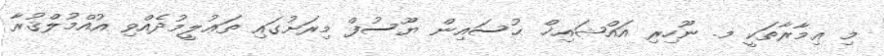
މި ޢިމާރާތަކީ މ. ނޫހިރި އައްޝައިޚް ޙުސައިން ޔޫސުފް މިރަށުގައި ތަޢުލީމުދެއްވި އުއްމުލްޤުރާ